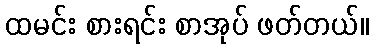
ထမင်း စားရင်း စာအုပ် ဖတ်တယ်။